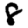
Digit: 8